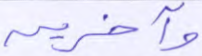
وآخرين